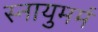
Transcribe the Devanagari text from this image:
स्नायुमर्म